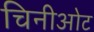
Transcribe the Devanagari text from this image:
चिनीओट